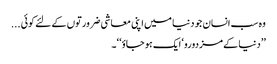
وہ سب انسان جو دنیا میں اپنی معاشی ضرورتوں کے لئے کوئی ...
’’دنیا کے مزدورو‘ ایک ہو جاؤ‘ ‘۔